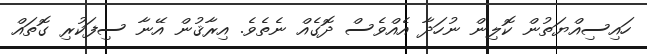
ހައިސިއްޔަތުން ކޮލިން ނުހަދާ އެއްވެސް ދޮގެއް ނެތެވެ. އިރާޤުން އޭނާ ސިފަކުރި ގޮތައް